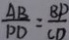
\frac { A B } { p D } = \frac { B p } { C D }